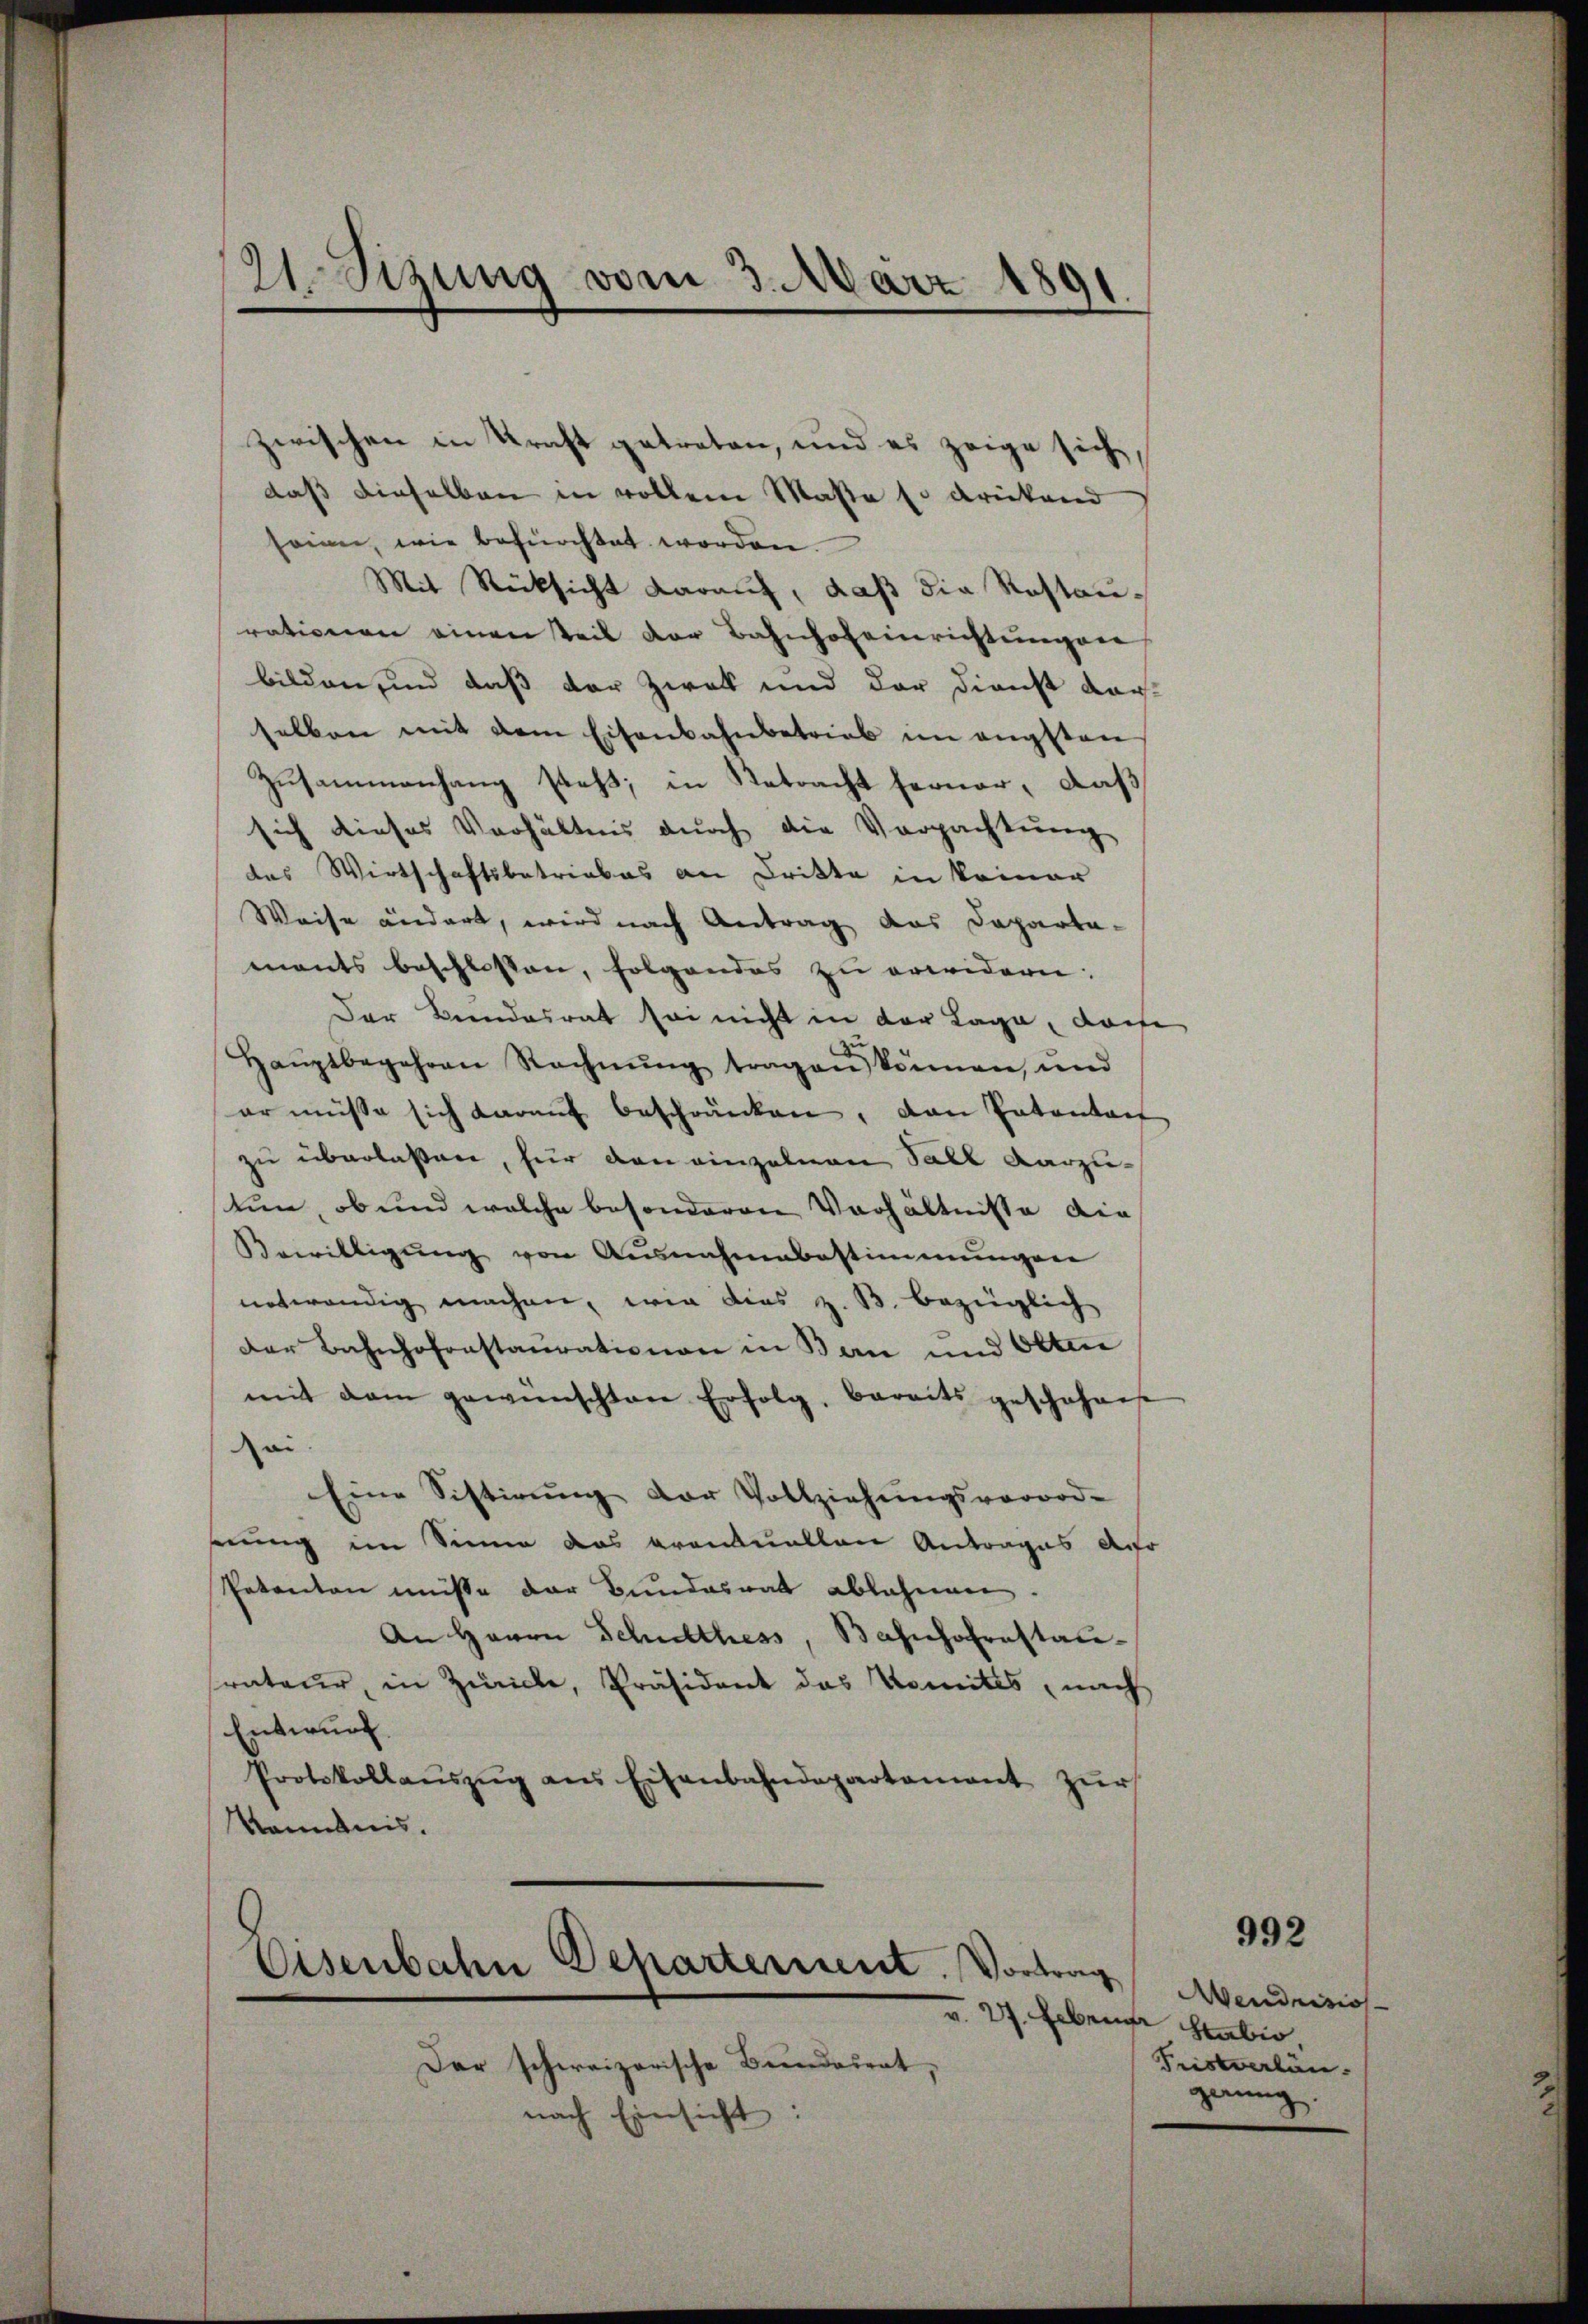
21. Sizung vom 3. März 1891

zwischen in Kraft getreten, und es zeige sich
daß dieselben in vollem Maße so drückend
seien, wie befürchtet worden.
Mit Rücksicht darauf, daß die Restaurationen einen Teil der Bahnhof einrichtungen
bilden, und daß der Zwek und der Dienst dar-
selben mit dem Eisenbahnbetrieb im engsten
Zusammenhang stet; in Retracht ferner, daß
sich dieses Verhältnis durch die Verpachtung
des Wirtschaftsbetriebes an Dritte in keiner
Weise ändert, wird nach Antrag das Departa-
ments beschlossen, folgendes zu erwidern:
Der Bundesrat sei nicht in der Lage, dasse
Haŭptbegehren Rechnŭng tragen können, und
er müsse sich darauf beschränken, den Patentait
zu überlassen, für den einzelnen Soll darzutun, ob und welche besonderen Verhältnisse die¬
Bewilligŭng von Ausnahmebestimmungen
notwendig machen, wie dies z. B. bezüglich
Der Bahnhofenstaurationen in Bau und Otten
mit dem gewünschten Erfolg, bereits geschehenst
ai
Eine Sistirŭng der Vollziehŭngsverord-
hrung im Sinne das eventuellen Antrages Anfo
Petenten müsse der Bundesrat ablehnen.
An Herrn Schulthess, Bahnhofrestanrateur, in Zürich, Präsident das Komités, nach
Entwurf.
Protokollaŭszŭg ans Eisenbahndepartament zŭr
Kenntnis.

Osenbahn Departement. Vortrag

v. 27. Leben Stabi
Dar schweizerische Bundesrat,
nach Einsicht:

992

Wendrisos
Fristverlän
gerung.